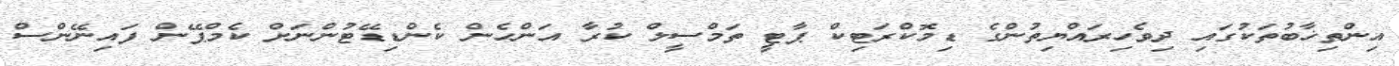
އިންތިޚާބުތަކުގައި ދިވެހިރައްޔިތުންގެ ޑިމޮކްރަޓިކް ޕާޓީ ތަމްސީލް ކުރާ އަންހެން ކެންޑިޑޭޓުންނަށް ކެމްޕޭން ފައިނޭންސް